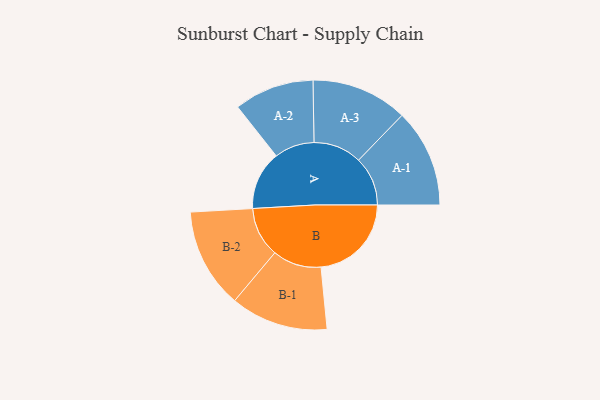
{"axis": {"x": "Segment", "y": "Value"}, "legend": ["", "A", "B"], "data": [{"x": "A", "y": 194, "type": ""}, {"x": "B", "y": 298, "type": ""}, {"x": "A-1", "y": 162, "type": "A"}, {"x": "A-2", "y": 132, "type": "A"}, {"x": "A-3", "y": 159, "type": "A"}, {"x": "B-1", "y": 161, "type": "B"}, {"x": "B-2", "y": 165, "type": "B"}]}